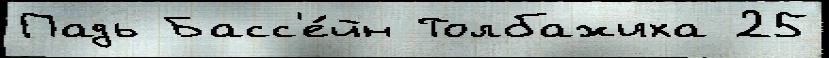
Падь Басс'е́йн Толбажиха 25